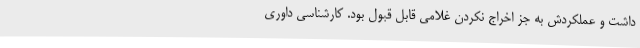
داشت و عملکردش به جز اخراج نکردن غلامی قابل قبول بود. کارشناسی داوری